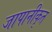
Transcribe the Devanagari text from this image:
जापानीकृत